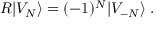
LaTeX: R \vert V _ { N } \rangle = ( - 1 ) ^ { N } \vert V _ { - N } \rangle \; .